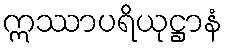
ဣဿာပရိယုဋ္ဌာနံ